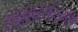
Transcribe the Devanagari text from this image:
साइबरसंस्कृति